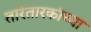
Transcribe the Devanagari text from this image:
तारेतारकांच्या